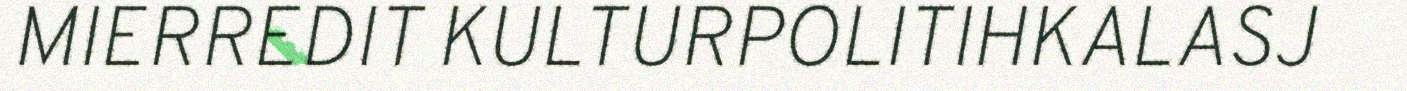
MIERREDIT KULTURPOLITIHKALASJ